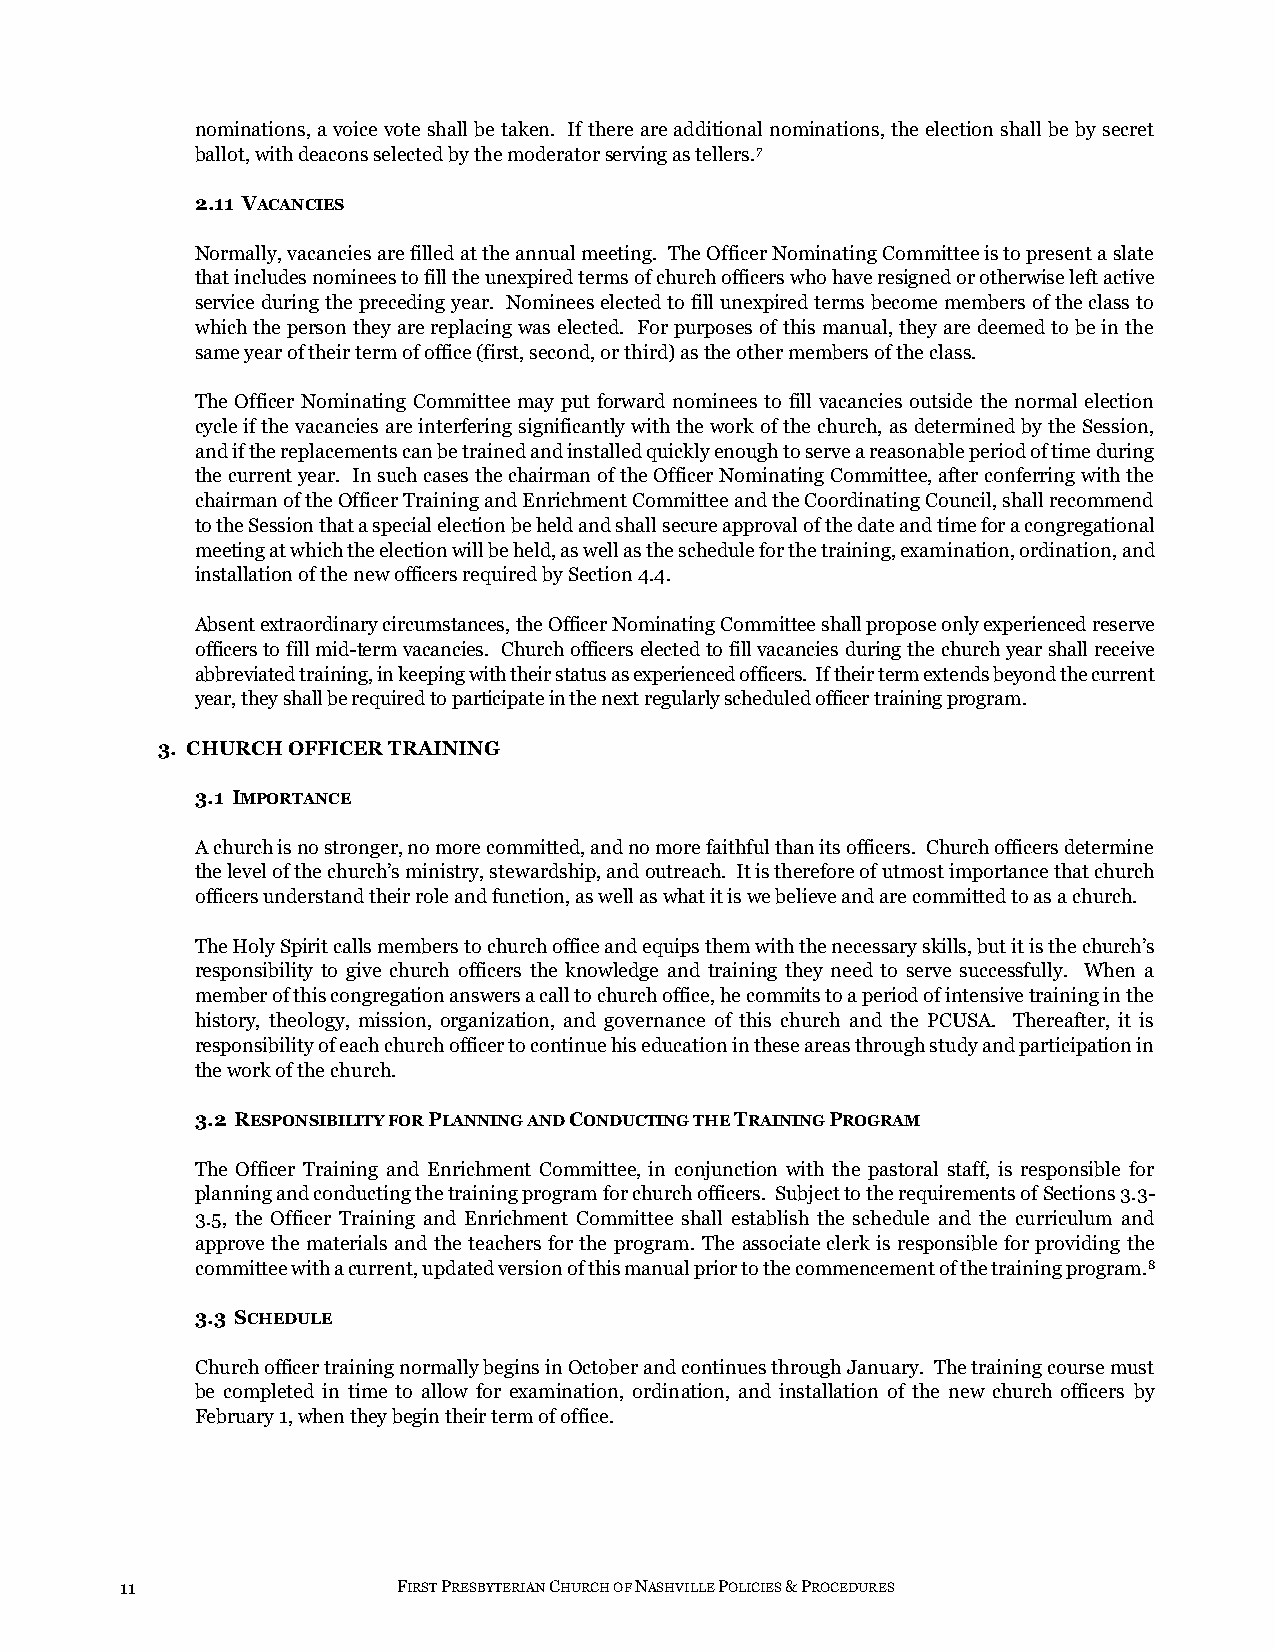
nominations, a voice vote shall be taken. If there are additional nominations, the election shall be by secret
 ballot, with deacons selected by the moderator serving as tellers.7
 2.11 VACANCIES
 Normally, vacancies are filled at the annual meeting. The Officer Nominating Committee is to present a slate
 that includes nominees to fill the unexpired terms of church officers who have resigned or otherwise left active
 service during the preceding year. Nominees elected to fill unexpired terms become members of the class to
 which the person they are replacing was elected. For purposes of this manual, they are deemed to be in the
 same year of their term of office (first, second, or third) as the other members of the class.
 The Officer Nominating Committee may put forward nominees to fill vacancies outside the normal election
 cycle if the vacancies are interfering significantly with the work of the church, as determined by the Session,
 and if the replacements can be trained and installed quickly enough to serve a reasonable period of time during
 the current year. In such cases the chairman of the Officer Nominating Committee, after conferring with the
 chairman of the Officer Training and Enrichment Committee and the Coordinating Council, shall recommend
 to the Session that a special election be held and shall secure approval of the date and time for a congregational
 meeting at which the election will be held, as well as the schedule for the training, examination, ordination, and
 installation of the new officers required by Section 4.4.
 Absent extraordinary circumstances, the Officer Nominating Committee shall propose only experienced reserve
 officers to fill mid-term vacancies. Church officers elected to fill vacancies during the church year shall receive
 abbreviated training, in keeping with their status as experienced officers. If their term extends beyond the current
 year, they shall be required to participate in the next regularly scheduled officer training program.
 3. CHURCH OFFICER TRAINING
 3.1 IMPORTANCE
 A church is no stronger, no more committed, and no more faithful than its officers. Church officers determine
 the level of the church’s ministry, stewardship, and outreach. It is therefore of utmost importance that church
 officers understand their role and function, as well as what it is we believe and are committed to as a church.
 The Holy Spirit calls members to church office and equips them with the necessary skills, but it is the church’s
 responsibility to give church officers the knowledge and training they need to serve successfully. When a
 member of this congregation answers a call to church office, he commits to a period of intensive training in the
 history, theology, mission, organization, and governance of this church and the PCUSA. Thereafter, it is
 responsibility of each church officer to continue his education in these areas through study and participation in
 the work of the church.
 3.2 RESPONSIBILITY FOR PLANNING AND CONDUCTING THE TRAINING PROGRAM
 The Officer Training and Enrichment Committee, in conjunction with the pastoral staff, is responsible for
 planning and conducting the training program for church officers. Subject to the requirements of Sections 3.3-
 3.5, the Officer Training and Enrichment Committee shall establish the schedule and the curriculum and
 approve the materials and the teachers for the program. The associate clerk is responsible for providing the
 committee with a current, updated version of this manual prior to the commencement of the training program.8
 3.3 SCHEDULE
 Church officer training normally begins in October and continues through January. The training course must
 be completed in time to allow for examination, ordination, and installation of the new church officers by
 February 1, when they begin their term of office.
 11                FIRST PRESBYTERIAN CHURCH OF NASHVILLE POLICIES & PROCEDURES